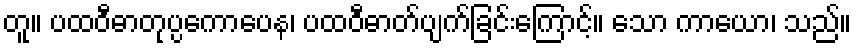
တူ။ ပထဝီဓာတုပ္ပကောပေန၊ ပထဝီဓာတ်ပျက်ခြင်းကြောင့်။ သော ကာယော၊ သည်။